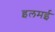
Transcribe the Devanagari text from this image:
इलमई